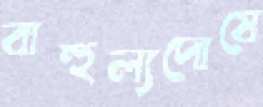
বাহুল্যদোষে